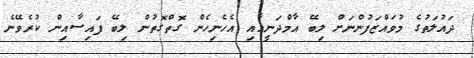
ދައުލަތުގެ މުވައްޒަފުންނަށް ލިބޭ އާމްދަނީއާއި އެހެނިހެން ގޮތްގޮތުން ލިބޭ ފައިސާއިން ކުރެވޭނެ